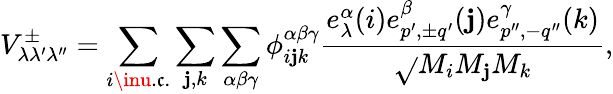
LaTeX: V_{\lambda\lambda^{\prime}\lambda^{\prime\prime}}^{\pm}=\sum_{i\inu.\mathfrak{c}.}\sum_{\mathbf{j},k}\sum_{\alpha\beta\gamma}\phi_{i\mathbf{j}k}^{\alpha\beta\gamma}\frac{{e_{\lambda}^{\alpha}(i)e_{p^{\prime},{\pm}q^{\prime}}^{\beta}(\mathbf{j})e_{p^{\prime\prime},-q^{\prime\prime}}^{\gamma}(k)}}{{\sqrt{}{{M_{i}M_{\mathbf{j}}M_{k}}}}},